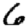
Digit: 6